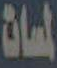
لمسات